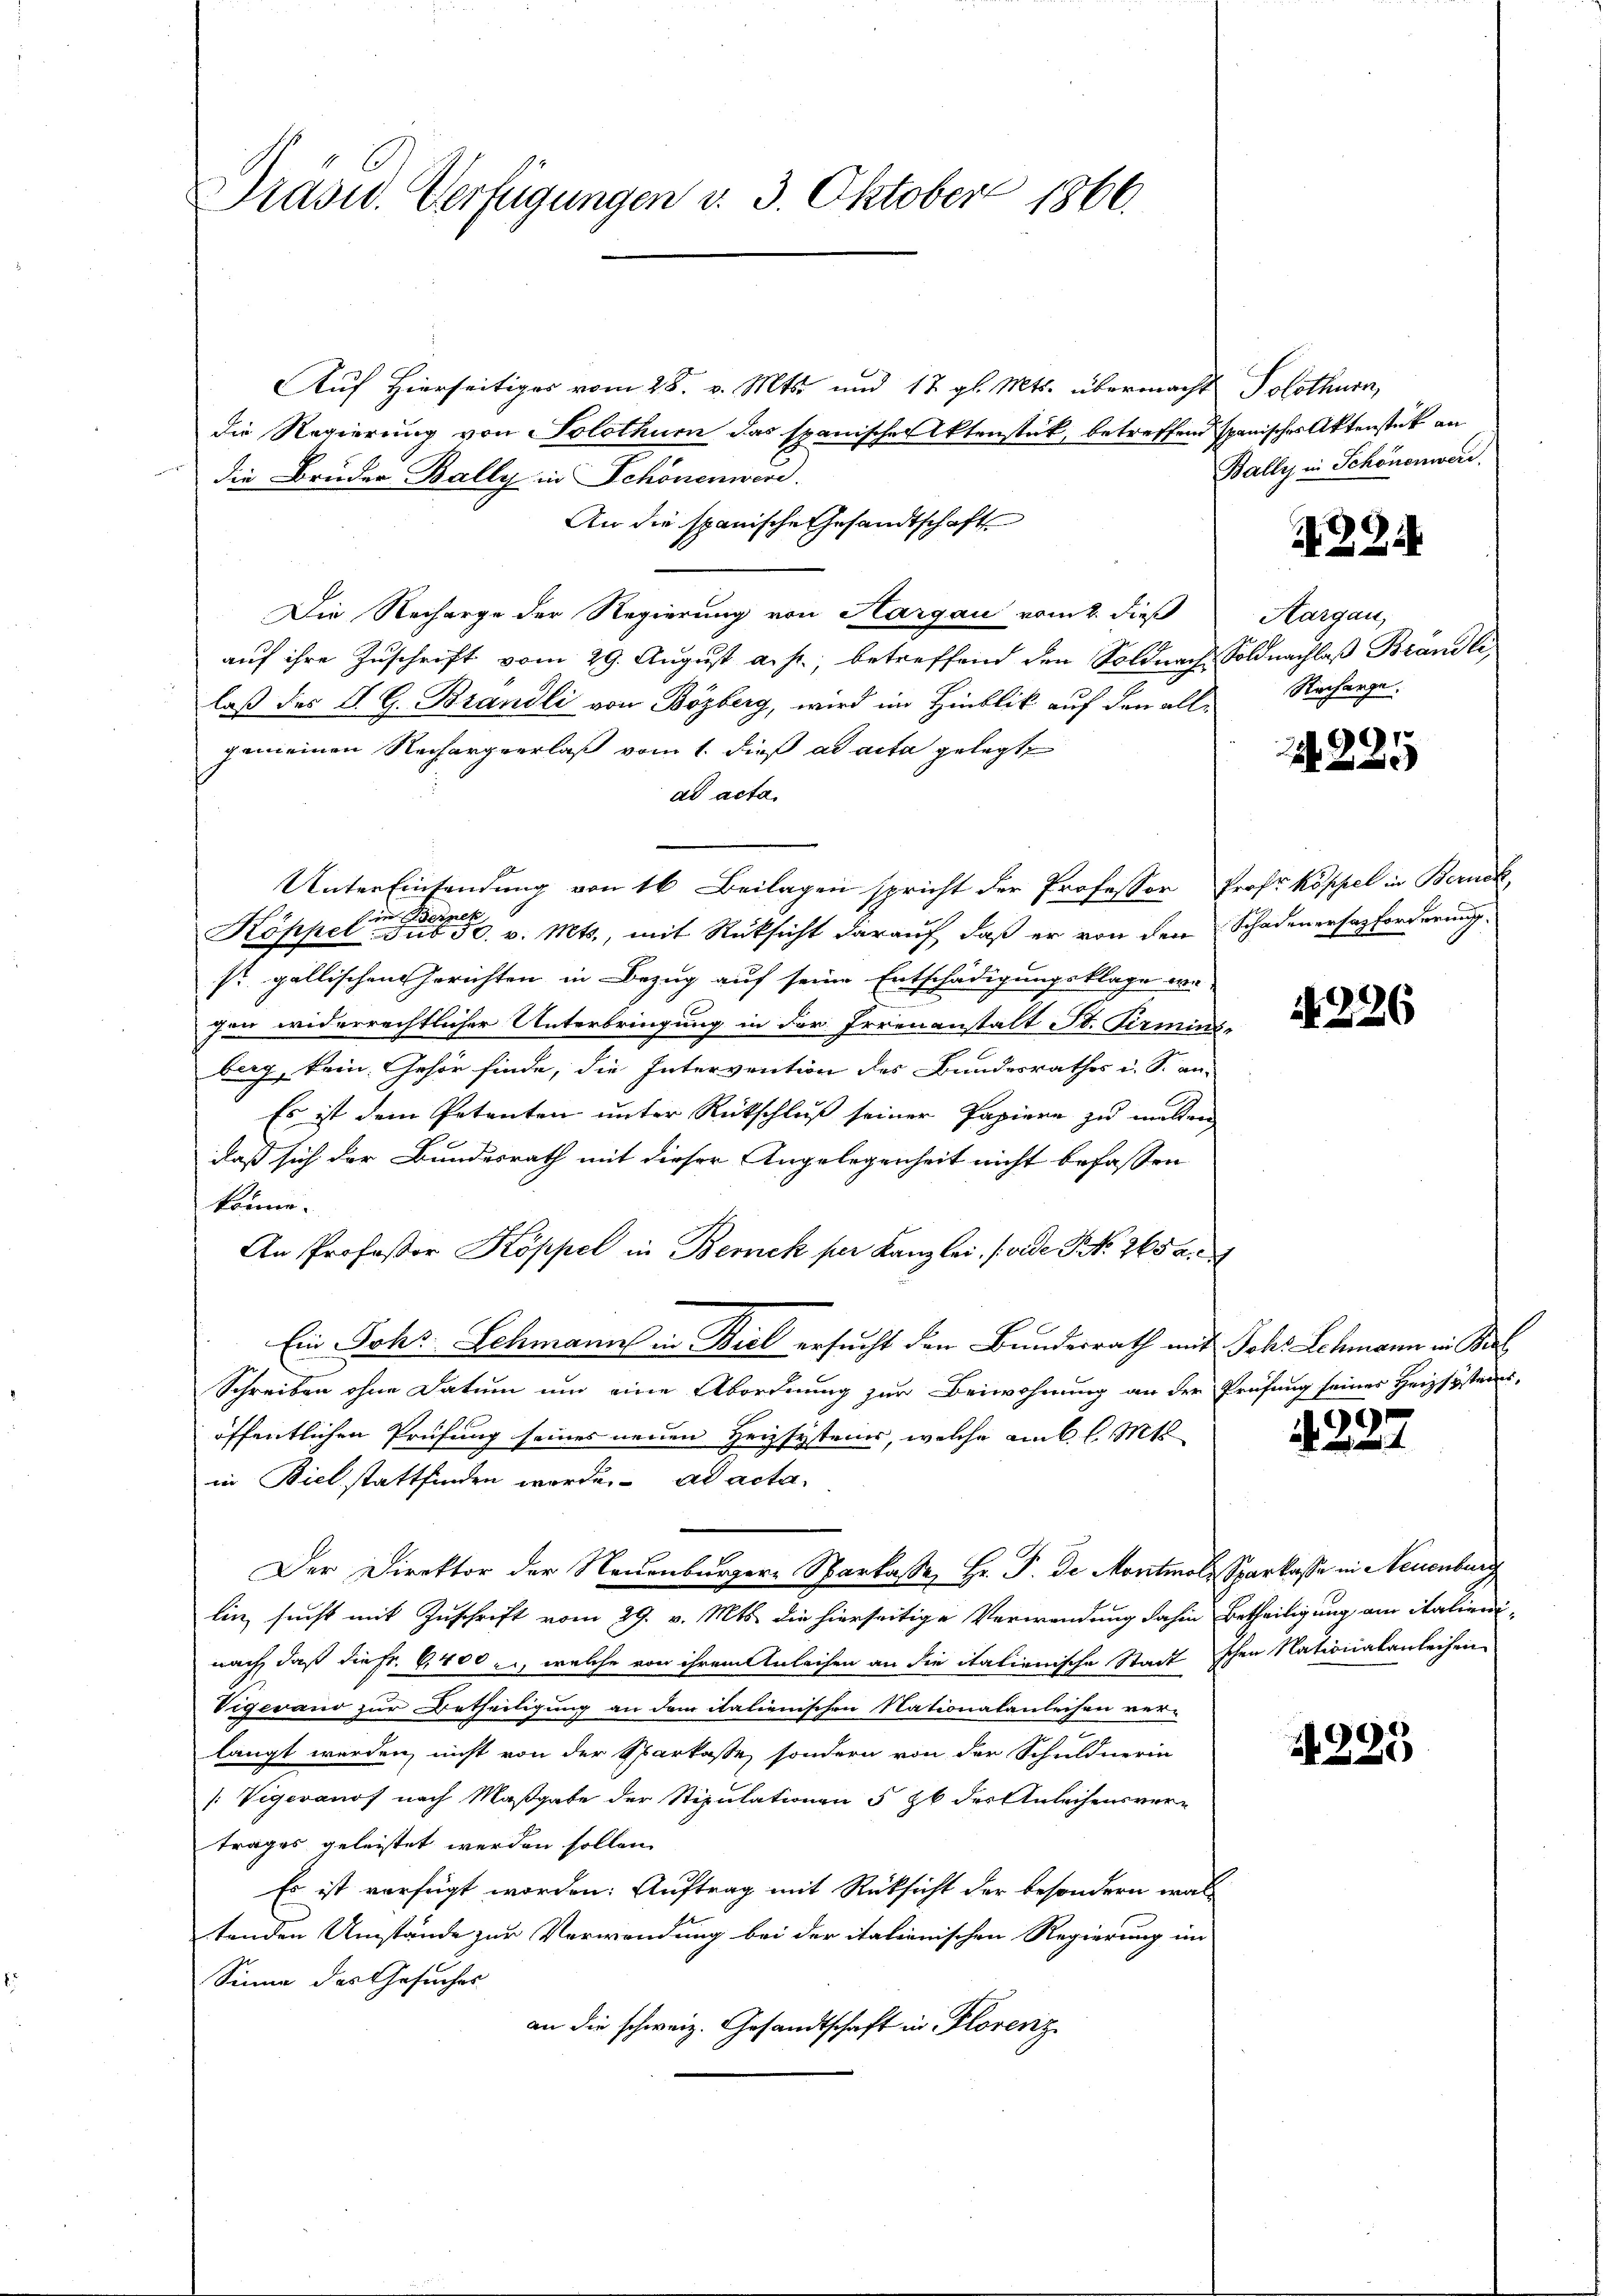
Präsid. Verfügungen v. 3. Oktober 1866.

Auf Hierseitiges vom 28. v. Mts. und 12. gl. Mts. übermacht Solothurn,
die Regierung von Solothurn das spanischen Atenstück, betreffend spanisches Aktenstück an
die Bruder Bally in Schönenwerd.
An die spanische Gesandtschaft
Die Recharge der Regierung von Hargau vom 2. dieß
auf ihre Zuschrift vom 29. August a. p., betreffend den Soldnach Soldnachlaß Brändle
laß des S. G. Brandli von Bözberg, wird im Hinblik auf den alle Recharge.
gemeinen Rechargerlaß vom 1. dieß ad acta gelegt,
ad acta.
Unter Einsendung von 16 Beilagen spricht der Professor Prof. Koppel in Berück,
l
bin. Sie
Köppel. sub 30. v. Mts., mit Rüksicht darauf, daß er von den Schadenersatzforderung.
sr gallischen Gerichten in Bezug auf seine Entschädigungsklage we-
Jem widerrechtlicher Unterbringung in der Irrenanstalt St. Pirminze
berg, kein Gehör finde, die Intervention des Bundesrathes u. S. an-
Es ist dem Petenten unter Rütschluß seiner Papiere zu malten
daß sich der Bundesrath mit dieser Angelegenheit nicht befassen
könne.
An Professor Koppel in Bernek per Kanzlei (arde Fr. 265 a.
Ein Johs. Schmann in Biel ersucht den Bundesrath mit Johs. Schmann in Bal
Schreiben ohne Datum um eine Abordnung zur Beiwohnung an der Prüfung seines Heizsysters
öffentlichen Prüfung seines neuen Heizsystems, welche am 6. l. Mts
in Biel stattfinden worde. ad acta
Der Direktor der Neuenburgere Sparkasse, Hr. T. de Montmold Sparkasse in Neuenburg
lin, sucht mit Zuschrift vom 29. v. Mts. die hierseitige Verwendung dahin Betheiligung am Italieninach, daß die Fr. 6400 l., welche von ihrem Anleihen an die italienische Stadtschen Nationalanleihen
Vigevano zur Betheiligung an dem italienischen Nationalanleihen ver-
langt werden, nicht von der Sparkasse, sondern von der Schuldnerin
[Vigeranos nach Maßgabe der Stipulationen § 26 des Anleihensver-
trages geleistet werden sollen.
Es ist verfügt worden. Auftrag mit Rücksicht der besondern wal
tenden Umstände zur Verwendung bei der italienischen Regierung im
Sinne des Gesuches
an die schweiz. Gesandtschaft in Florenz

Bally in Schönenwerd

22.

Aargau,

225

N 226

4227

N 225